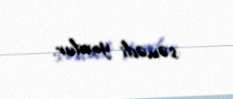
sənədi yoxdur.